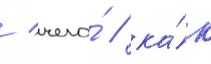
/ чего́ / ка́к